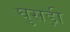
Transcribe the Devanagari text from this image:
घुसड़ी